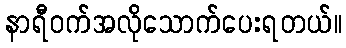
နာရီဝက်အလိုသောက်ပေးရတယ်။